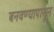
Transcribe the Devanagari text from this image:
बनवण्यापासून